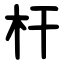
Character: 杆